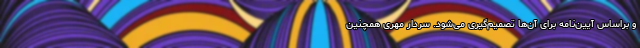
و براساس آیین‌نامه برای آن‌ها تصمیم‌گیری می‌شود. سردار مهری همچنین